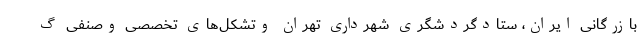
بازرگانی ایران، ستادگردشگری شهرداری تهران وتشکل‌های تخصصی وصنفی گ